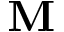
\mathbf { M }